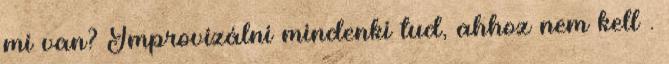
mi van? Improvizálni mindenki tud, ahhoz nem kell .